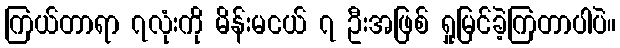
ကြယ်တာရာ ၇လုံးကို မိန်းမငယ် ၇ ဦးအဖြစ် ရှုမြင်ခဲ့ကြတာပါပဲ။